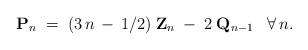
LaTeX: \begin{align*}{\bf P}_n\;=\;(3\,n\,-\,1/2)\;{\bf Z}_n\;-\:2\;{\bf Q}_{n-1}\;\;\;\forall\,n.\end{align*}